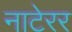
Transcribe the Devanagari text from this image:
नाटेरर